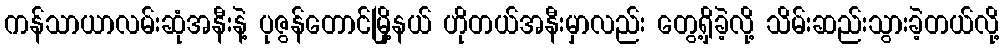
ကန်သာယာလမ်းဆုံအနီးနဲ့ ပုဇွန်တောင်မြို့နယ် ဟိုတယ်အနီးမှာလည်း တွေ့ရှိခဲ့လို့ သိမ်းဆည်းသွားခဲ့တယ်လို့